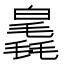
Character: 𣰗